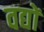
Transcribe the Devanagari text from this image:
वद्यों